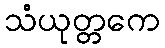
သံယုတ္တကေ